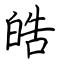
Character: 皓